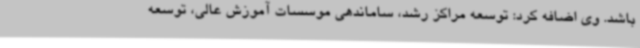
باشد. وی اضافه کرد: توسعه مراکز رشد، ساماندهی موسسات آموزش عالی، توسعه